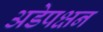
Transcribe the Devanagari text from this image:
अडेपक्षन